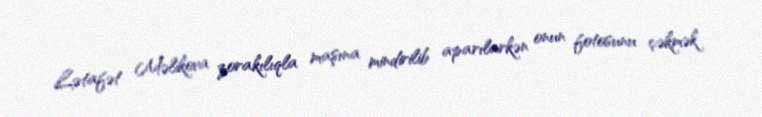
Lətafət Məlikova zorakılıqla maşına mindirilib aparılarkən onun fotosunu çəkmək